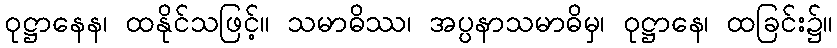
ဝုဋ္ဌာနေန၊ ထနိုင်သဖြင့်။ သမာဓိဿ၊ အပ္ပနာသမာဓိမှ၊ ဝုဋ္ဌာနေ၊ ထခြင်း၌။